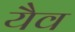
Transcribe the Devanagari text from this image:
यैव